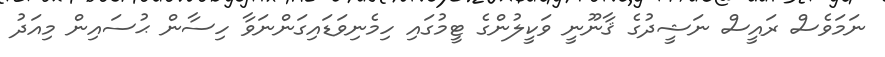
ނަމަވެސް ރައީސް ނަޝީދުގެ ޤާނޫނީ ވަކީލުންގެ ޓީމުގައި ހިމެނިވަޑައިގަންނަވާ ހިސާން ޙުސައިން މިއަދު